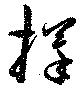
擇